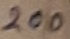
Text: 200